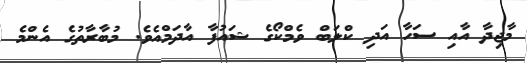
މާޖިދާ އާއި ސަހާ އަދި ކްލަބް ވެމްކޯގެ ޝައުފާ އާދަމްއެވެ. މުބާރާތުގެ އެންމެ